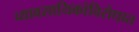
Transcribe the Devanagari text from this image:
व्यावसायिकांविरोधात